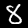
Label: 8